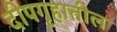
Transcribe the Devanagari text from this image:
दीपगृहातील